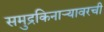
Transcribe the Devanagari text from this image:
समुद्रकिनार्‍यावरची